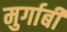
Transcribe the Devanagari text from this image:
मुर्गाबी